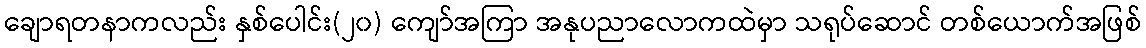
ချောရတနာကလည်း နှစ်ပေါင်း(၂၀) ကျော်အကြာ အနုပညာလောကထဲမှာ သရုပ်ဆောင် တစ်ယောက်အဖြစ်